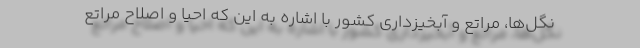
نگل‌ها، مراتع و آبخیزداری کشور با اشاره به این که احیا و اصلاح مراتع